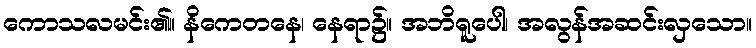
ကောသလမင်း၏။ နိကေတနေ၊ နေရာ၌။ အဘိရူပေါ၊ အလွန်အဆင်းလှသော။